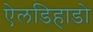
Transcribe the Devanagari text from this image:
ऐलडिहाडो